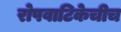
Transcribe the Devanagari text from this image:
रोपवाटिकेचीच